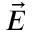
\vec { E }